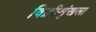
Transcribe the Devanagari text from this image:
विक्रीशृंखला